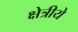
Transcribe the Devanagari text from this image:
क्षेत्रीये